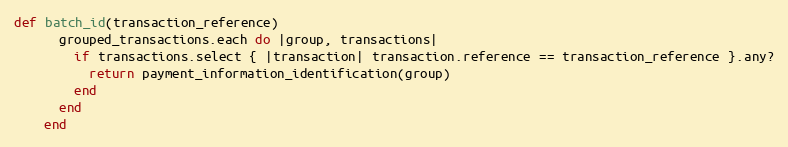
Language: Ruby
def batch_id(transaction_reference)
      grouped_transactions.each do |group, transactions|
        if transactions.select { |transaction| transaction.reference == transaction_reference }.any?
          return payment_information_identification(group)
        end
      end
    end